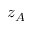
z _ { A }